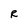
Character: R